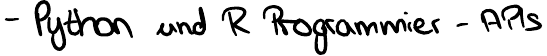
- Python und R Programmier - APIs